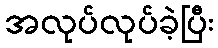
အလုပ်လုပ်ခဲ့ပြီး